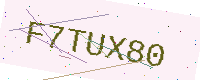
Text: F7TUX80